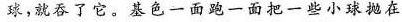
球，就吞了它。基色一面跑一面把一些小球抛在